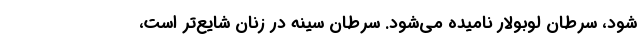
شود، سرطان لوبولار نامیده می‌شود. سرطان سینه در زنان شایع‌تر است،